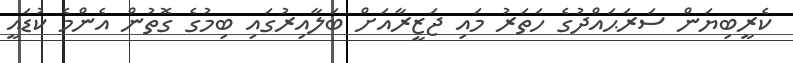
ކެރީބިޔަން ސަރަޙައްދުގެ ހަތަރު މައި ޖަޒީރާއަށް ބަލާއިރުގައި ބިމުގެ ގޮތުން އެންމެ ކުޑައީ